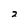
Character: 2